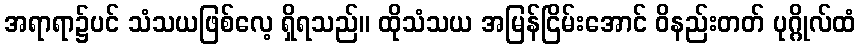
အရာရာ၌ပင် သံသယဖြစ်လေ့ ရှိရသည်။ ထိုသံသယ အမြန်ငြိမ်းအောင် ဝိနည်းတတ် ပုဂ္ဂိုလ်ထံ